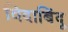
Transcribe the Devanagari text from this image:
विदाबिंदू